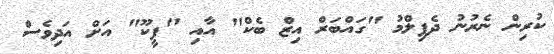
ކުރިން ނެރުނު ދެފިލްމު "ގައްބަރް އިޒް ބެކް" އާއި "ޕީކޫ" އަށް އަދިވެސް